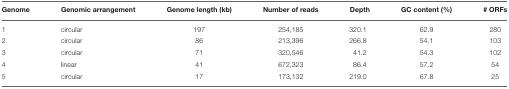
<table><thead><tr><td><b>Genome</b></td><td><b>Genomic arrangement</b></td><td><b>Genome length (kb)</b></td><td><b>Number of reads</b></td><td><b>Depth</b></td><td><b>GC content (%)</b></td><td><b># ORFs</b></td></tr></thead><tbody><tr><td>1</td><td>circular</td><td>197</td><td>254,185</td><td>320.1</td><td>62.9</td><td>280</td></tr><tr><td>2</td><td>circular</td><td>86</td><td>213,396</td><td>266.8</td><td>54.1</td><td>103</td></tr><tr><td>3</td><td>circular</td><td>71</td><td>320,546</td><td>41.2</td><td>54.3</td><td>102</td></tr><tr><td>4</td><td>linear</td><td>41</td><td>672,323</td><td>86.4</td><td>57.2</td><td>54</td></tr><tr><td>5</td><td>circular</td><td>17</td><td>173,132</td><td>219.0</td><td>67.8</td><td>25</td></tr></tbody></table>